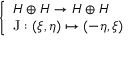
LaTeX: \left\{ \begin{array} { l l } { H \oplus H \to H \oplus H } \\ { \operatorname { J } : ( \xi , \eta ) \mapsto ( - \eta , \xi ) } \end{array} \right.